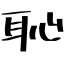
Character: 恥